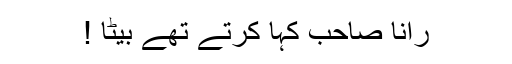
رانا صاحب کہا کرتے تھے بیٹا !